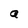
Character: a